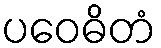
ပဝေဓိတံ